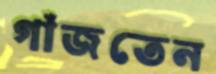
গাঁজতেন